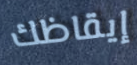
إيقاظك